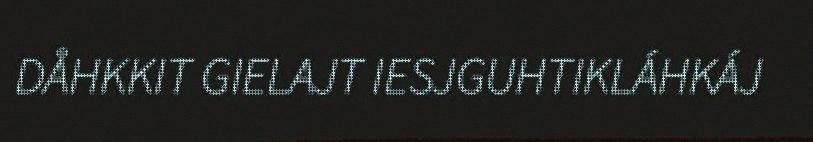
DÅHKKIT GIELAJT IESJGUHTIKLÁHKÁJ